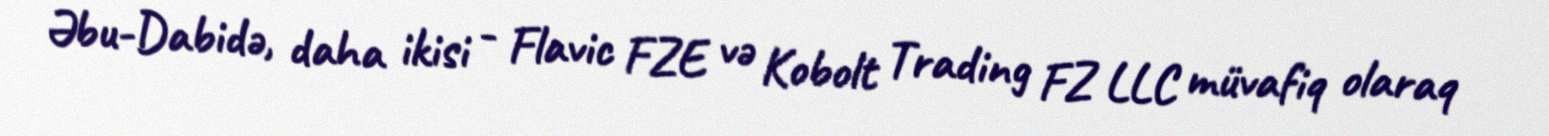
Əbu-Dabidə, daha ikisi - Flavic FZE və Kobolt Trading FZ LLC müvafiq olaraq